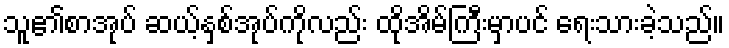
သူ၏စာအုပ် ဆယ့်နှစ်အုပ်ကိုလည်း ထိုအိမ်ကြီးမှာပင် ရေးသားခဲ့သည်။